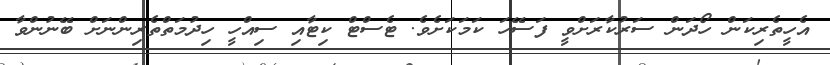
އެހީތެރިކަން ހޯދަން ސަރުކާރަށްވީ ފަސޭހަ ކަމަކަށެވެ. ޓެސްޓް ކިޓާއި ސިއްހީ ހިދުމަތްތެރިންނަށް ބޭނުންވާ